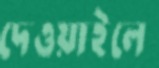
দেওয়াইলে